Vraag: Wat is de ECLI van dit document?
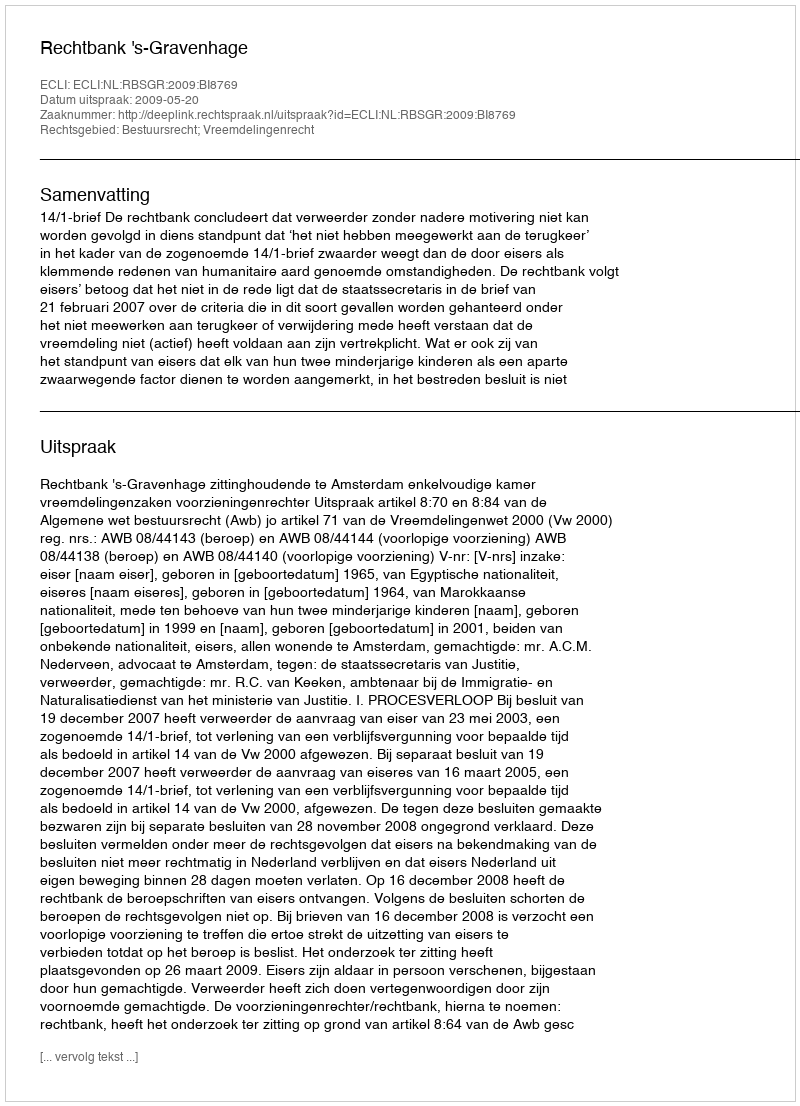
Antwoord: ECLI:NL:RBSGR:2009:BI8769